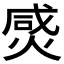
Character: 𤊸